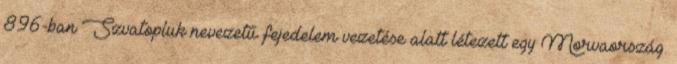
896-ban Szvatopluk nevezetű fejedelem vezetése alatt létezett egy Morvaország.